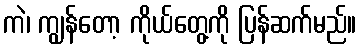
ကဲ၊ ကျွန်တော့ ကိုယ်တွေ့ကို ပြန်ဆက်မည်။